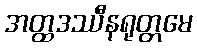
အတ္ထဒဿီနရုတ္တမေ